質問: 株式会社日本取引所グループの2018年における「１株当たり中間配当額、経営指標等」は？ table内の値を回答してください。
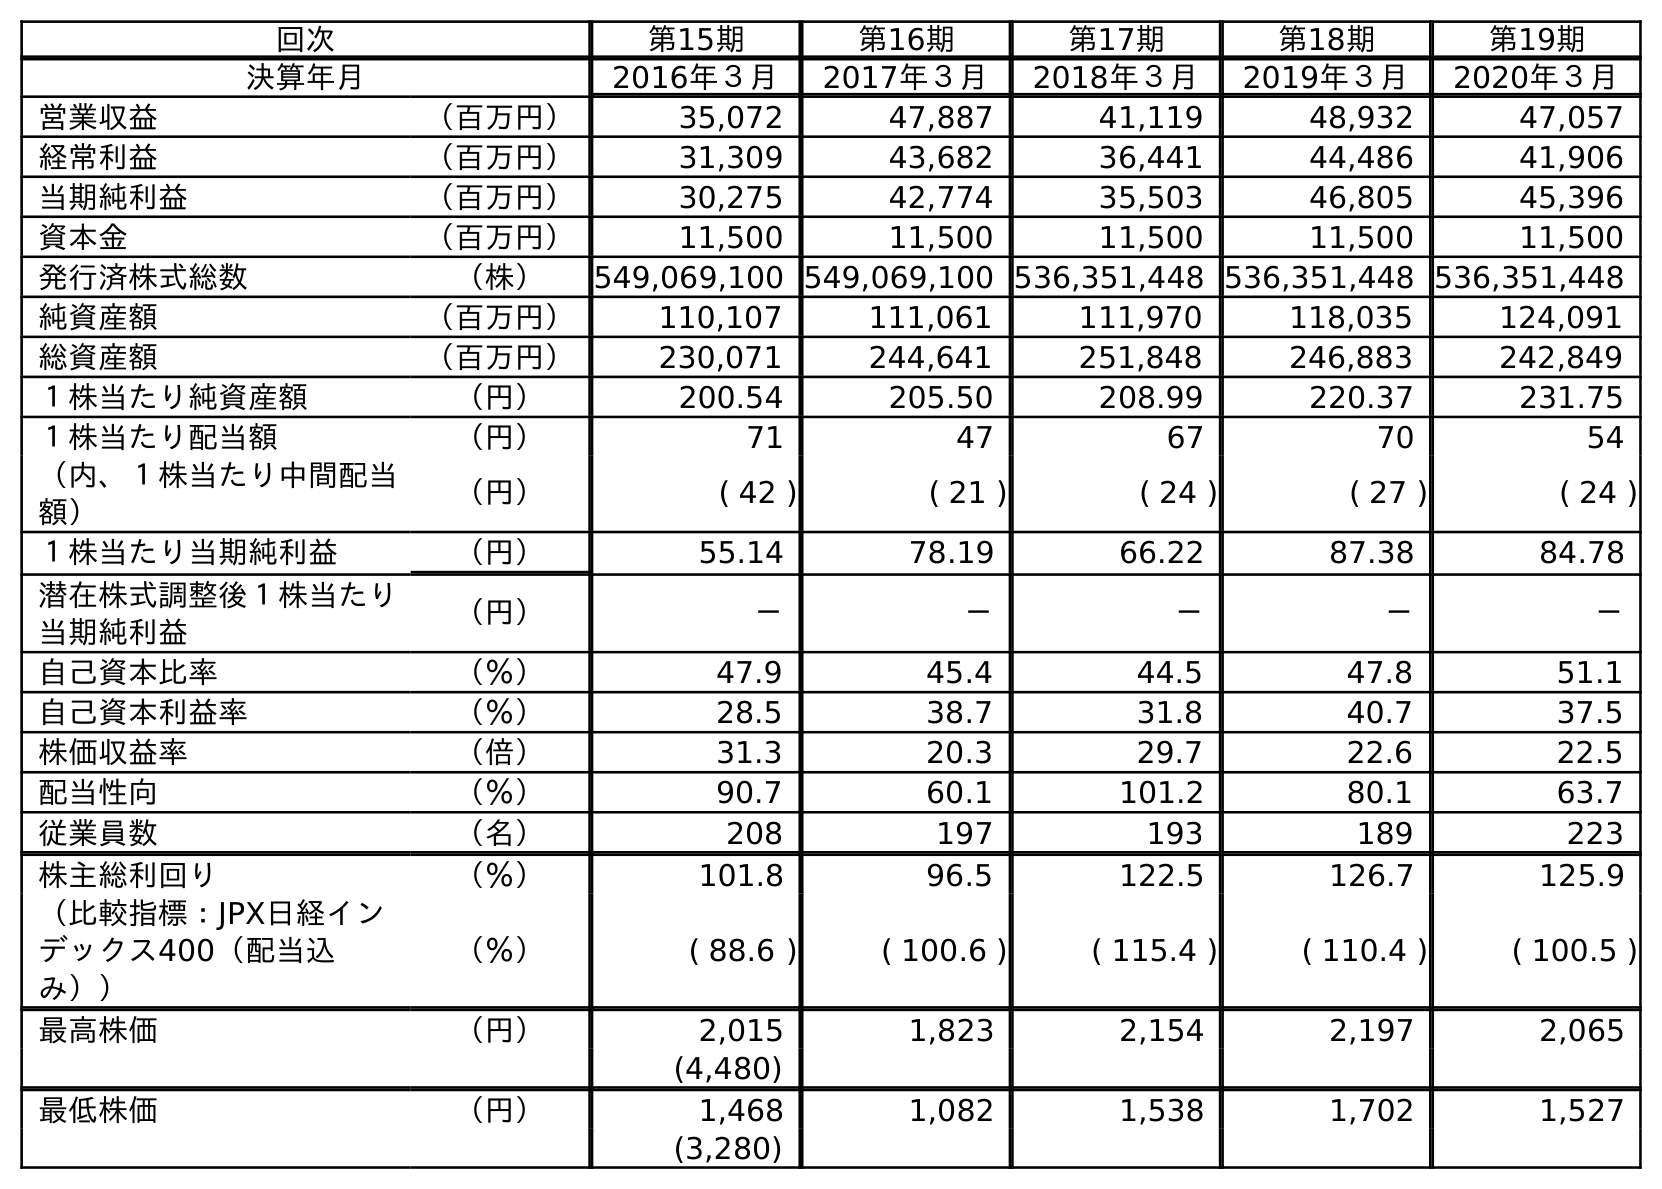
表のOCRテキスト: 回次 第15期 第16期 第17期 第18期 第19期 決算年月 2016年３月 2017年３月 2018年３月 2019年３月 2020年３月 営業収益 （百万円） 35,072 47,887 41,119 48,932 47,057 経常利益 （百万円） 31,309 43,682 36,441 44,486 41,906 当期純利益 （百万円） 30,275 42,774 35,503 46,805 45,396 資本金 （百万円） 11,500 11,500 11,500 11,500 11,500 発行済株式総数 （株） 549,069,100 549,069,100 536,351,448 536,351,448 536,351,448 純資産額 （百万円） 110,107 111,061 111,970 118,035 124,091 総資産額 （百万円） 230,071 244,641 251,848 246,883 242,849 １株当たり純資産額 （円） 200.54 205.50 208.99 220.37 231.75 １株当たり配当額 （円） 71 47 67 70 54 （内、１株当たり中間配当 額） （円） ( 42 ) ( 21 ) ( 24 ) ( 27 ) ( 24 ) １株当たり当期純利益 （円） 55.14 78.19 66.22 87.38 84.78 潜在株式調整後１株当たり 当期純利益 （円） － － － － － 自己資本比率 （％） 47.9 45.4 44.5 47.8 51.1 自己資本利益率 （％） 28.5 38.7 31.8 40.7 37.5 株価収益率 （倍） 31.3 20.3 29.7 22.6 22.5 配当性向 （％） 90.7 60.1 101.2 80.1 63.7 従業員数 （名） 208 197 193 189 223 株主総利回り （％） 101.8 96.5 122.5 126.7 125.9 （比較指標：JPX日経イン デックス400（配当込 み）） （％） ( 88.6 ) ( 100.6 ) ( 115.4 ) ( 110.4 ) ( 100.5 ) 最高株価 （円） 2,015 1,823 2,154 2,197 2,065 (4,480) 最低株価 （円） 1,468 1,082 1,538 1,702 1,527 (3,280)
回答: (24)